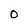
Character: O